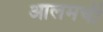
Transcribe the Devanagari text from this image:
आलमची